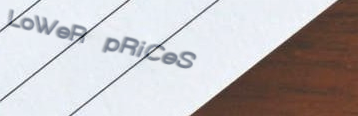
LoWeR pRiCeS